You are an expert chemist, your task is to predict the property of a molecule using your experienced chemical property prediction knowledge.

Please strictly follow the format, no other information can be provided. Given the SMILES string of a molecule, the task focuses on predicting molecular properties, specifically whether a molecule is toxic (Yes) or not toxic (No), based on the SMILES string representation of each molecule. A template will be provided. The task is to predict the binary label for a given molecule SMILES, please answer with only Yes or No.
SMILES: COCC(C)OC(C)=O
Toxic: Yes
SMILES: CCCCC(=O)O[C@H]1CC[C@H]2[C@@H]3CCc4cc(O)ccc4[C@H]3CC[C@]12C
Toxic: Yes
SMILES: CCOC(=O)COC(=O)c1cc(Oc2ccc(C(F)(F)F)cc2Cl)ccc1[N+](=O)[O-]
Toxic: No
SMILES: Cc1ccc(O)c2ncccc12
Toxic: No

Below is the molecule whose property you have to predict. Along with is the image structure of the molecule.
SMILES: OC[C@H]1O[C@@H](O)[C@H](O)[C@@H](O)[C@@H]1O[C@@H]1O[C@H](CO)[C@H](O)[C@H](O)[C@H]1O
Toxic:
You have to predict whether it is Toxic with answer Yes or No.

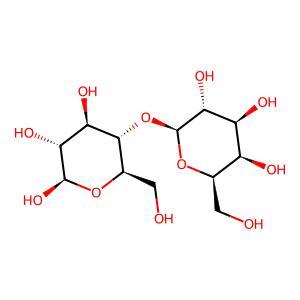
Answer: No